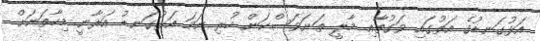
އަޅުގަނޑުގެ އަތުގައި ވަގުތާއި މާލީ ތަނަވަސްކަން ހުރި ނަމަ އަޅުގަނޑު އަރާނީ މިހާތަނަށް